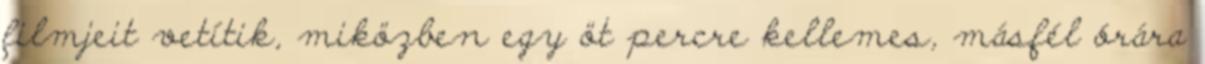
filmjeit vetítik, miközben egy öt percre kellemes, másfél órára